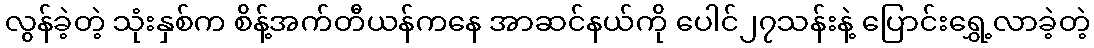
လွန်ခဲ့တဲ့ သုံးနှစ်က စိန့်အက်တီယန်ကနေ အာဆင်နယ်ကို ပေါင်၂၇သန်းနဲ့ ပြောင်းရွှေ့လာခဲ့တဲ့